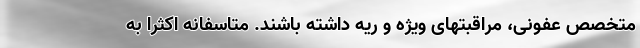
متخصص عفونی، مراقبتهای ویژه و ریه داشته باشند. متاسفانه اکثرا به